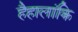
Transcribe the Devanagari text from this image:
हैहालांकि